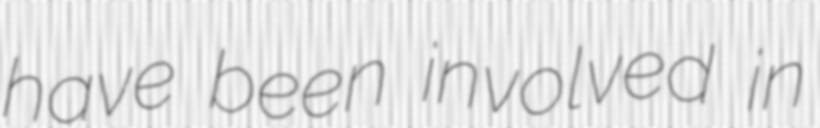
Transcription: have been involved in